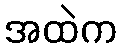
အထဲက